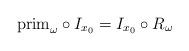
LaTeX: \begin{align*} \mathrm{prim}_\omega \circ I_{x_0}=I_{x_0} \circ R_\omega\end{align*}